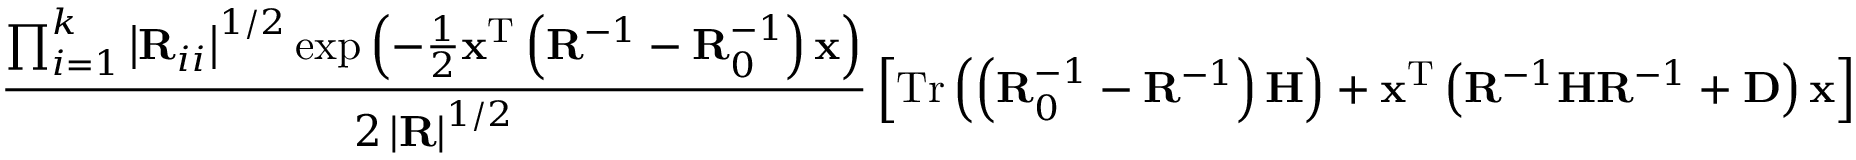
\frac { \prod _ { i = 1 } ^ { k } \left| \mathbf { R } _ { i i } \right| ^ { 1 / 2 } \exp \left( - \frac { 1 } { 2 } \mathbf { x } ^ { \mathrm { T } } \left( \mathbf { R } ^ { - 1 } - \mathbf { R } _ { 0 } ^ { - 1 } \right) \mathbf { x } \right) } { 2 \left| \mathbf { R } \right| ^ { 1 / 2 } } \left[ \mathrm { T r } \left( \left( \mathbf { R } _ { 0 } ^ { - 1 } - \mathbf { R } ^ { - 1 } \right) \mathbf { H } \right) + \mathbf { x } ^ { \mathrm { T } } \left( \mathbf { R } ^ { - 1 } \mathbf { H } \mathbf { R } ^ { - 1 } + \mathbf { D } \right) \mathbf { x } \right]